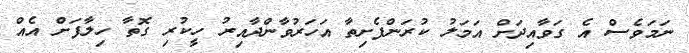
ނަމަވެސް އެ ގަވާއިދަށް އަމަލު ކުރަންފެށިތާ އަހަރުވާންދާއިރު ހީކުރި ގޮތާ ހިލާފަށް އެއް